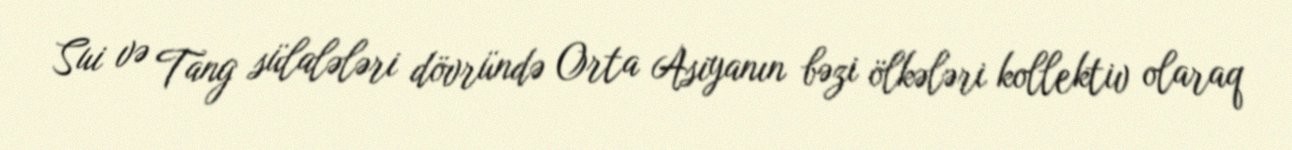
Sui və Tang sülalələri dövründə Orta Asiyanın bəzi ölkələri kollektiv olaraq